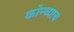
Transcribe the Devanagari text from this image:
कोन्च्याच